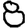
Digit: 8